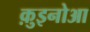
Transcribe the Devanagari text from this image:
क़ुइनोआ